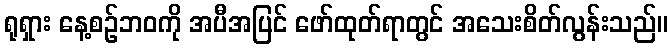
ရုရှား နေ့စဉ်ဘဝကို အပီအပြင် ဖော်ထုတ်ရာတွင် အသေးစိတ်လွန်းသည်။